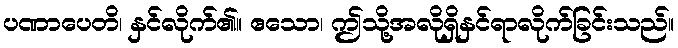
ပဏာပေတိ၊ နှင်လိုက်၏။ ဧသော၊ ဤသို့အလိုရှိနှင်ရာလိုက်ခြင်းသည်။